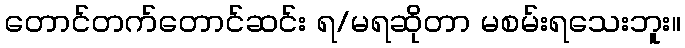
တောင်တက်တောင်ဆင်း ရ/မရဆိုတာ မစမ်းရသေးဘူး။